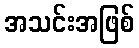
အသင်းအဖြစ်